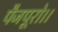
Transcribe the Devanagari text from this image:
पैजपूरो।।